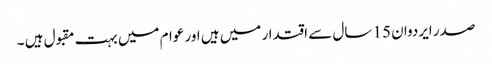
صدر ایردوان 15 سال سے اقتدار میں ہیں اور عوام میں بہت مقبول ہیں ۔